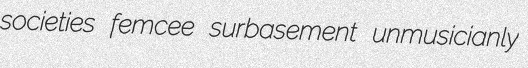
societies femcee surbasement unmusicianly